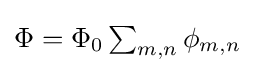
{\textstyle \Phi =\Phi _{0}\sum _{m,n}\phi _{m,n}}